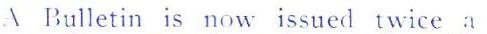
 Bulletin is now issued twice a